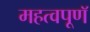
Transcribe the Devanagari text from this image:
महत्वपूणॅ